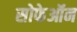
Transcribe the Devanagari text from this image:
सोफेऑन